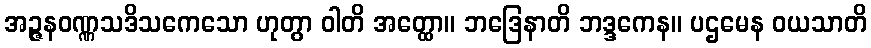
အဉ္ဇနဝဏ္ဏသဒိသကေသော ဟုတွာ ဝါတိ အတ္ထော။ ဘဒြေနာတိ ဘဒ္ဒကေန။ ပဌမေန ဝယသာတိ